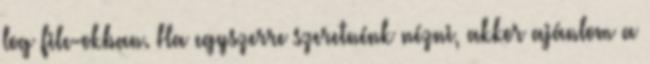
log file-okban. Ha egyszerre szeretnénk nézni, akkor ajánlom a